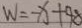
W = - x + 9 8